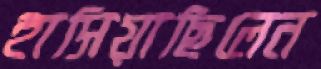
হাসিয়াছিলেন